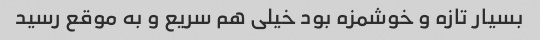
بسیار تازه و خوشمزه بود خیلی هم سریع و به موقع رسید